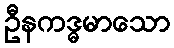
ဦနကဒ္ဓမာသော